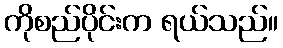
ကိုစည်ပိုင်းက ရယ်သည်။